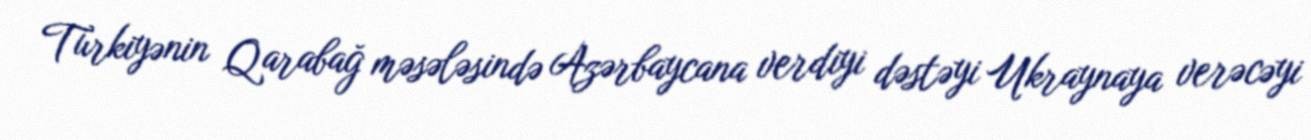
Türkiyənin Qarabağ məsələsində Azərbaycana verdiyi dəstəyi Ukraynaya verəcəyi